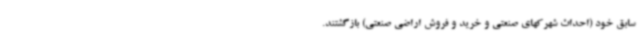
سابق خود (احداث شهرکهای صنعتی و خرید و فروش اراضی صنعتی) بازگشتند.